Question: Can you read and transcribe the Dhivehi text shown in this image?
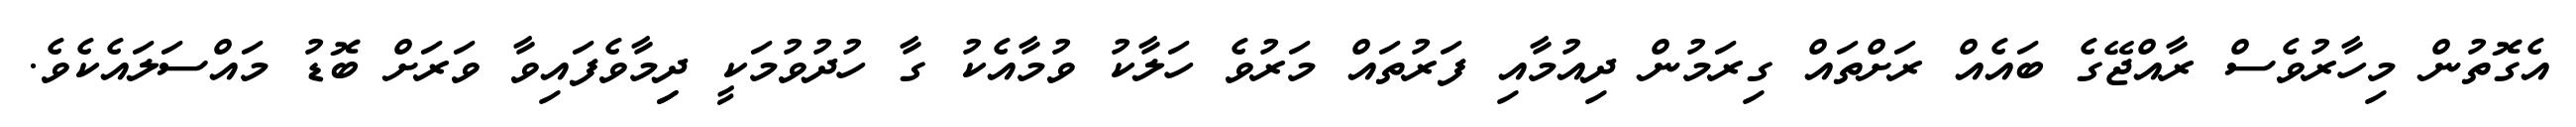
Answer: އެގޮތުން މިހާރުވެސް ރާއްޖޭގެ ބައެއް ރަށްތައް ގިރަމުން ދިއުމާއި ފަރުތައް މަރުވެ ހަލާކު ވުމާއެކު ގާ ހުދުވުމަކީ ދިިމާވެފައިވާ ވަރަށް ބޮޑު މައްސަލައެކެވެ.